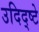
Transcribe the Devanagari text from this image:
उदिद्ष्टे